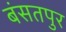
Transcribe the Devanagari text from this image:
बंसतपुर